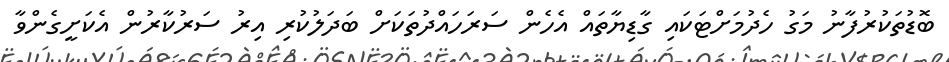
ބޮޑުތަކުރުފާނު މަގު ހެދުމަށްޓަކައި ގާޑިޔާތައް އެހެން ސަރަހައްދުތަކަށް ބަދަލުކުރި އިރު ސަރުކާރުން އެކަށީގެންވާ